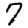
Digit: 7